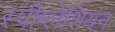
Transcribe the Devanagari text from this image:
स्पीग्लेशियन